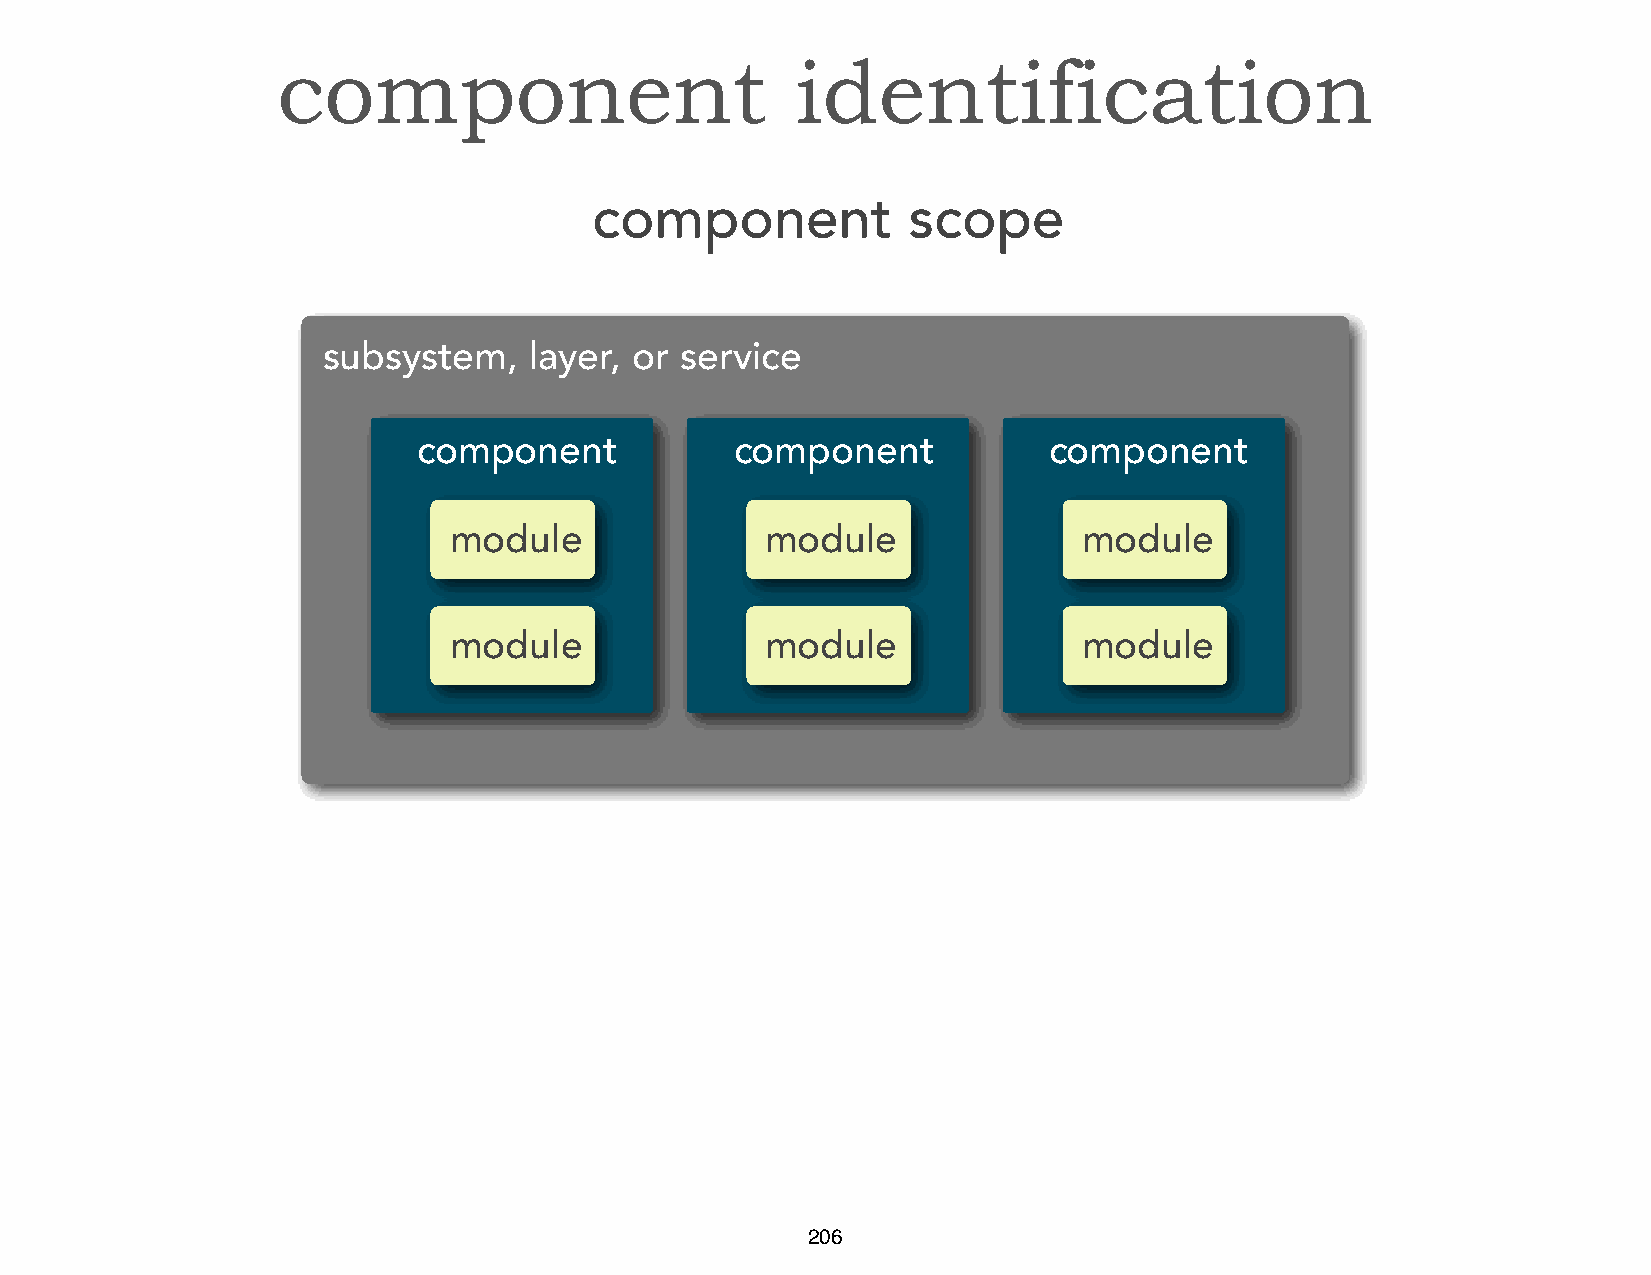
component                          identification
 component            scope
 subsystem,    layer, or service
 component            component           component
 module               module               module
 module               module               module
 206